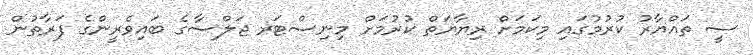
ސީ ތައްޔާރު ކުރުމުގައި މިކަމަށް ރިޔާޔަތް ކުރުމަށް މިނިސްޓަރ ޖަލްސާގެ ބައިވެރީންގެ ފަރާތުން